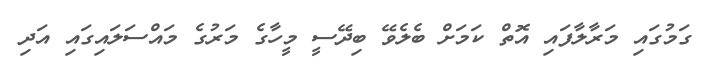
ގަމުގައި މަރާލާފައި އޮތް ކަމަށް ބެލެވޭ ބިދޭސީ މީހާގެ މަރުގެ މައްސަލައިގައި އަދި